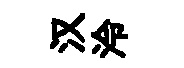
汉泠